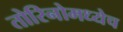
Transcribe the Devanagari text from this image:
तोरिनोमध्येच